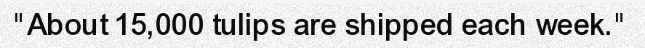
"About 15,000 tulips are shipped each week."